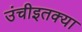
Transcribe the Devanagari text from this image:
उंचीइतक्या